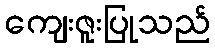
ကျေးဇူးပြုသည်